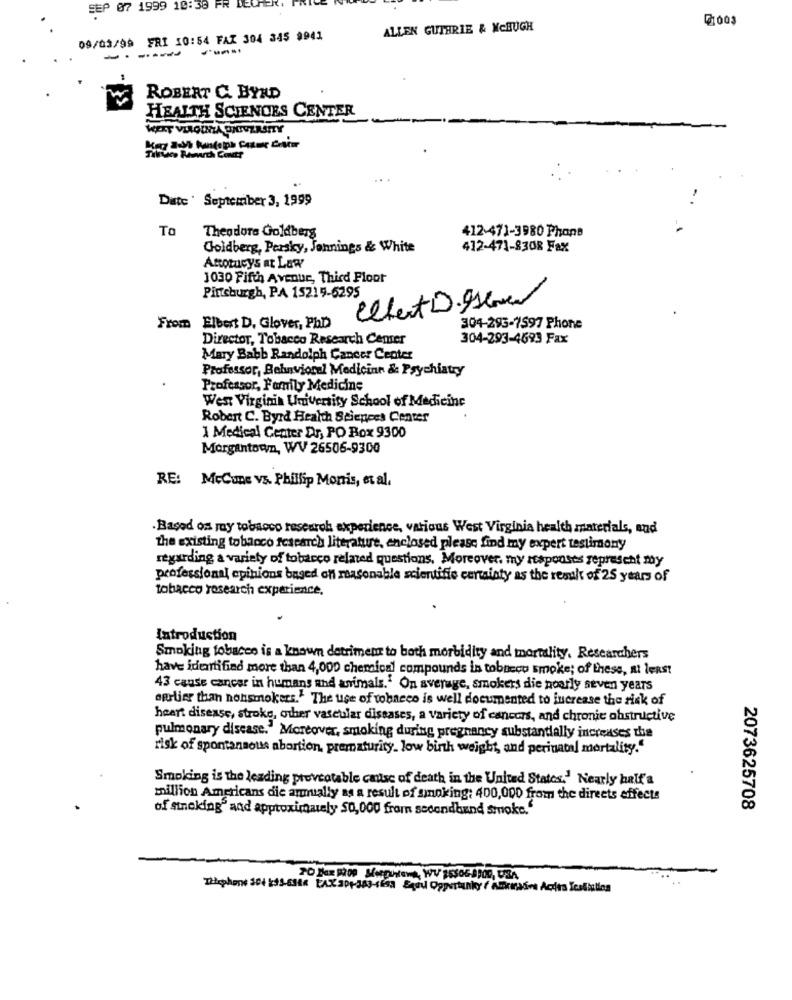
SEP 07 1999 10:30 FR DECHER,
@1003
ALLEN GUTHRIE & MCHUGH
09/03/99 FRI 10:54 FAZ 304 345 9941
----
ROBERT C. BYRD
HEALTH SCIENCES CENTER
Tillus Rawwarch Contr
Date ' September 3, 1999
To
412-471-3980 Phone
Theodore Goldberg
Goldberg, Persky, Jonnings & White
412-471-8308 Fax
Anotacys at Law
1030 Fifth Avenue, Third Floor
Pintsburgh, PA 15219-6295
Cehert D. Iseven
From Elbert D. Glover, PhD
304-293-7597 Phone
Director, Tobacco Research Center
304-293-4693 Fax
Mary Babb Randolph Cancer Center
Professor, Behavioral Medicine & Psychiatry
Professor, Family Medicine
West Virginia University School of Medicine
Robert C. Byrd Health Sciences Center
1 Medical Center Dr, PO Box 9300
Morgantown, WV 26506-9300
RE: McCune vs. Phillip Morris, et al.
.Based on my tobacco research experience, vations West Virginia health materials, and
the existing tobacco research literature, enclosed please find my expert testimony
regarding a variety of tobacco related questions. Moreover. my responses represent my
professional epinions based on reasonable scientific certainty as the result of 25 years of
tobacco research experience,
Introduction
Smoking tobacco is a known detriment to both morbidity and mortality. Researchers
have identified more than 4,000 chemical compounds in tobtecu smoke; of these, at least
43 cause cancer in humans and animals." On average, smokers die poorly seven years
sprlier than nonsmokers." The use of tobacco is well documented to increase the risk of
heart disease, stroke, other vascular diseases, a variety of cancers, and chronic obstructive
pulmonary disease. Moreover, smoking during pregnancy substantially increases the
risk of spontansous abortion, prematurity. low birth weight, and perinatal mortality."
Smoking is the leading preventable case of death in the United States.' Nearly half'a
million Americans die amually as a result of smoking: 400,000 from the direets effects
of stneking" and approximately $0,000 from secondhand smoke."
2073625708